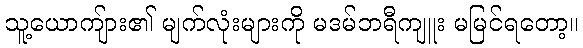
သူ့ယောကျ်ား၏ မျက်လုံးများကို မဒမ်ဘရီကျူး မမြင်ရတော့။